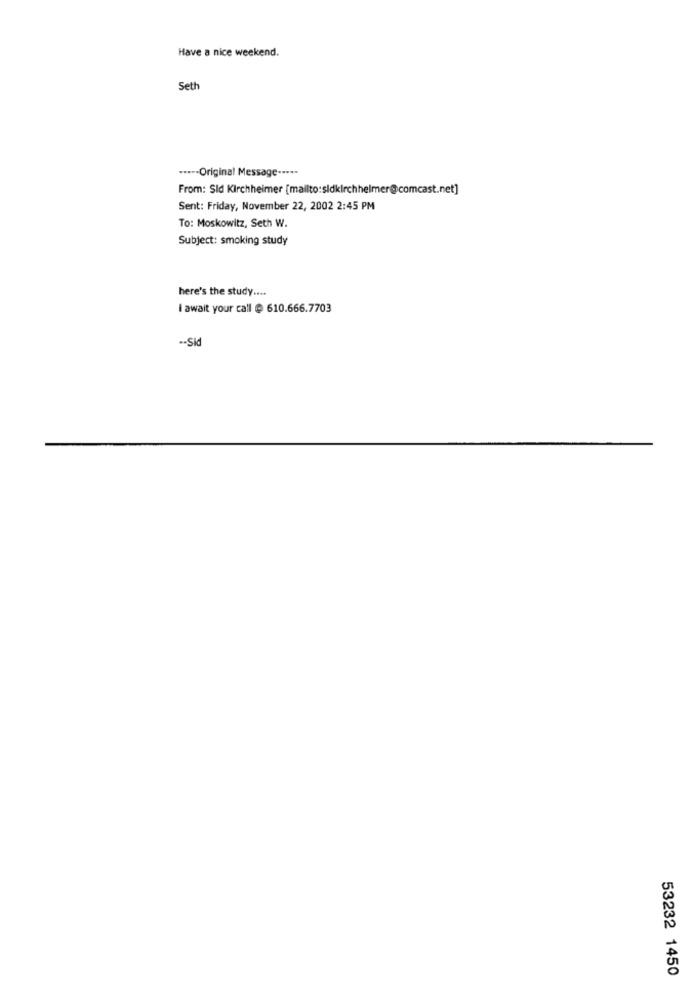
Have a nice weekend.
Seth
···-- Original Message -····
From: Sid Kirchheimer [mailto:sidkirchheimer@comcast.net]
Sent: Friday, November 22, 2002 2:45 PM
To: Moskowitz, Seth W.
Subject: smoking study
here's the study ....
I await your call @ 610.666.7703
-- Sid
53232 1450